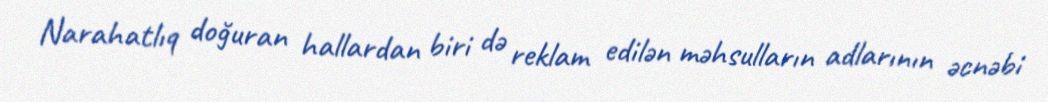
Narahatlıq doğuran hallardan biri də reklam edilən məhsulların adlarının əcnəbi